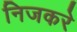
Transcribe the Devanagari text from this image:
निजकरे